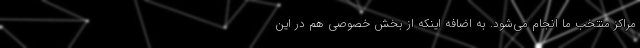
مراکز منتخب ما انجام می‌شود. به اضافه اینکه از بخش خصوصی هم در این